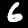
Label: 6